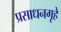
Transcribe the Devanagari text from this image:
प्रसाधनगृहे